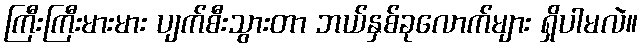
ကြီးကြီးမားမား ပျက်စီးသွားတာ ဘယ်နှစ်ခုလောက်များ ရှိပါမလဲ။